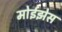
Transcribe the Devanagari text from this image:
मोईझेस